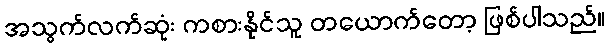
အသွက်လက်ဆုံး ကစားနိုင်သူ တယောက်တော့ ဖြစ်ပါသည်။